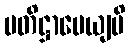
ပတိဋ္ဌာပေယျပိ